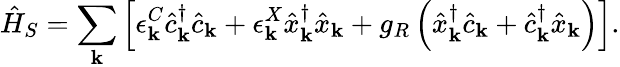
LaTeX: \hat{H}_{S}=\sum_{\mathbf k}\left[\epsilon_{{\mathbf k}}^{C}\hat{c}_{{\mathbf k}}^{\dagger}\hat{c}_{{\mathbf k}}+\epsilon_{{\mathbf k}}^{X}\hat{x}_{{\mathbf k}}^{\dagger}\hat{x}_{{\mathbf k}}+g_{R}\left(\hat{x}_{{\mathbf k}}^{\dagger}\hat{c}_{{\mathbf k}}+\hat{c}_{{\mathbf k}}^{\dagger}\hat{x}_{{\mathbf k}}\right)\right].